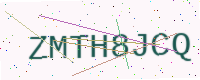
Text: ZMTH8JCQ